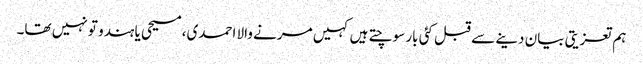
ہم تعزیتی بیان دینے سے قبل کئی بار سوچتے ہیں کہیں مرنے والا احمدی، مسیحی یا ہندو تو نہیں تھا۔